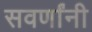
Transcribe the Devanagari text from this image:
सवर्णांनी